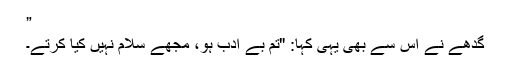
”
گدھے نے اس سے بھی یہی کہا: "تم بے ادب ہو، مجھے سلام نہیں کیا کرتے۔